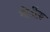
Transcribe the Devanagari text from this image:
मोर्दीक